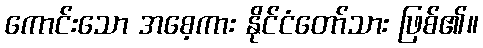
ကောင်းသော အစေ့ကား နိုင်ငံတော်သား ဖြစ်၏။